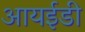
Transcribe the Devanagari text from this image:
आयईडी